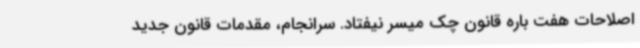
اصلاحات هفت باره قانون چک میسر نیفتاد. سرانجام، مقدمات قانون جدید